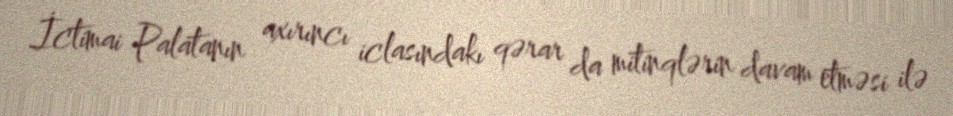
İctimai Palatanın axırıncı iclasındakı qərar da mitinqlərin davam etməsi ilə